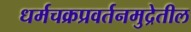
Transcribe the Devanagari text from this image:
धर्मचक्रप्रवर्तनमुद्रेतील